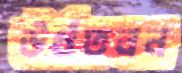
উর্ধতনন